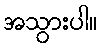
အသွားပါ။